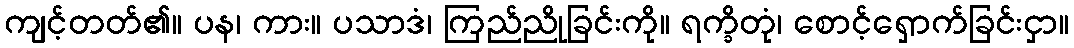
ကျင့်တတ်၏။ ပန၊ ကား။ ပသာဒံ၊ ကြည်ညိုခြင်းကို။ ရက္ခိတုံ၊ စောင့်ရှောက်ခြင်းငှာ။